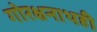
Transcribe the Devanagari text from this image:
गोरक्षनाथही